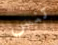
تنس